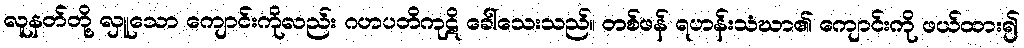
လူနတ်တို့ လှူသော ကျောင်းကိုလည်း ဂဟပတိကုဋိ ခေါ်သေးသည်။ တစ်ဖန် ရဟန်းသံဃာ၏ ကျောင်းကို ဖယ်ထား၍